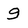
Character: 9